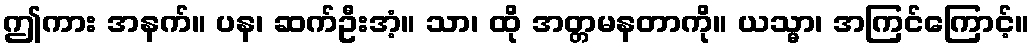
ဤကား အနက်။ ပန၊ ဆက်ဦးအံ့။ သာ၊ ထို အတ္တမနတာကို။ ယသ္မာ၊ အကြင်ကြောင့်။